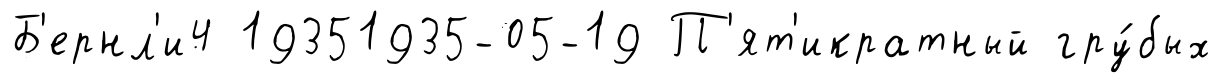
Б'ернл'и4 19351935-05-19 П'ят'икратный гру́бых